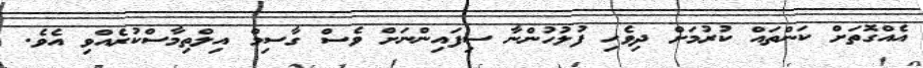
އެއްގޮތަށް ކަންތައް ކުރުމަށް ދިވެހި ފުލުހުންނާ ސިފައިންނަށް ވެސް ގާސިމް އިލްތިމާސްކުރެއްވި އެވެ.